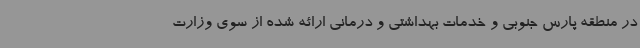
در منطقه پارس جنوبی و خدمات بهداشتی و درمانی ارائه شده از سوی وزارت